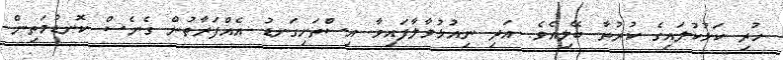
ހުރި ކަޅުކުލައިގެ ކުރުތާ ބޭލިއެވެ. އަދި ނިއުޅުވާލާފައިވާ އިސްތަށިގަނޑު އެއްފަރާތުން ގެނެސް ކޮނޑުމަތިން